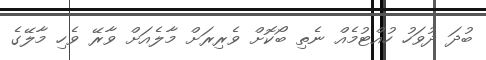
ބުދަ ދުވަހު ހުއްޓުމެއް ނެތި ބޯކޮށް ވެރިރަށް މާލެއަށް ވާރޭ ވެހި މާލޭގެ